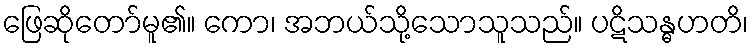
ဖြေဆိုတော်မူ၏။ ကော၊ အဘယ်သို့သောသူသည်။ ပဋိသန္ဓဟတိ၊